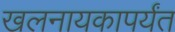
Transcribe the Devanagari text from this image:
खलनायकापर्यंत